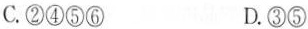
C.②④⑤⑥ D.③⑤